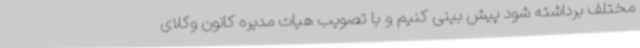
مختلف برداشته شود پیش بینی کنیم و با تصویب هیات مدیره کانون وکلای